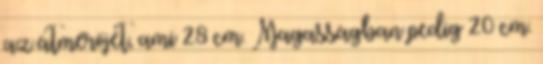
az átmérőjét, ami 28 cm. Magasságban pedig 20 cm.